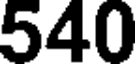
540